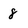
Character: 8